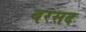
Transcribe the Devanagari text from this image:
बरसद